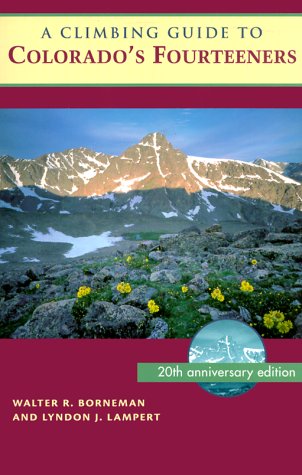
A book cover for A Climbing Guide to Colorado's Fourteeners: Twentieth Anniversary Edition; Borneman Walter R; Travel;